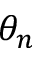
\theta _ { n }